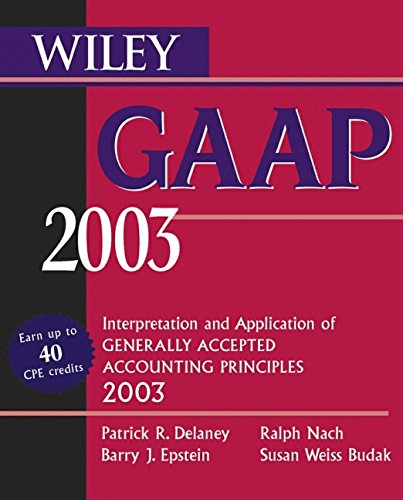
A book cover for Wiley GAAP 2003: Interpretation and Application of Generally Accepted Accounting Principles; Patrick R. Delaney; Business & Money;